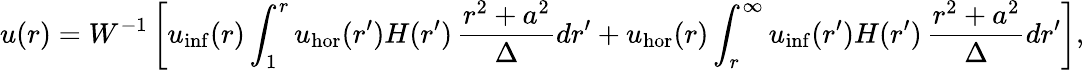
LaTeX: u(r)=W^{-1}\left[u_{\mathrm{inf}}(r)\int_{1}^{r}u_{\mathrm{hor}}(r^{\prime})H(r^{\prime})\, \frac{r^{2}+a^{2}}{\Delta}dr^{\prime}+u_{\mathrm{hor}}(r)\int_{r}^{\infty}u_{\mathrm{inf}}(r^{\prime})H(r^{\prime})\, \frac{r^{2}+a^{2}}{\Delta}dr^{\prime}\right],